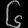
Digit: ၆